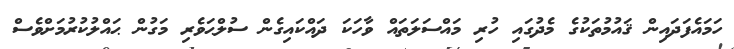
ހަމައެފަދައިން ޤައުމުތަކުގެ މެދުގައި ހުރި މައްސަލަތައް ވާހަކަ ދައްކައިގެން ސުލްޙަވެރި މަގުން ޙައްލުކުރުމަށްވެސް